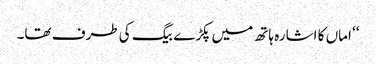
‘‘ اماں کا اشارہ ہاتھ میں پکڑے بیگ کی طرف تھا۔